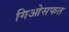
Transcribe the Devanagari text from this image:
गिओसफत